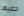
دعيها